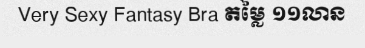
Very Sexy Fantasy Bra តម្លៃ ១១លាន